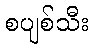
စပျစ်သီး